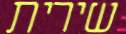
שירית